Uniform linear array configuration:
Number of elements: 12
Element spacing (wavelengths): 0.5
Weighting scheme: hamming
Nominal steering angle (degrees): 15
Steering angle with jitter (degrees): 15.419
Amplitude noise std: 0.05
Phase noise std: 0.05

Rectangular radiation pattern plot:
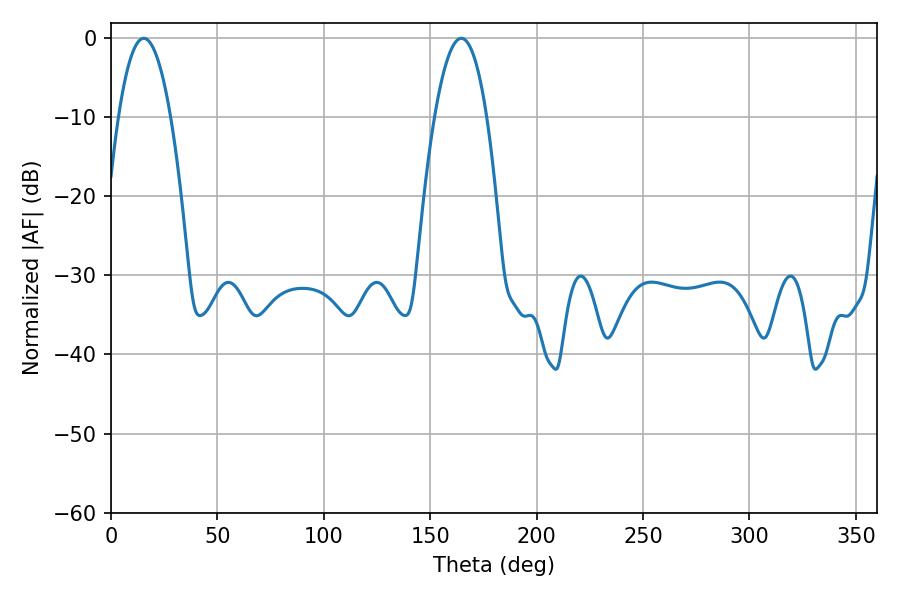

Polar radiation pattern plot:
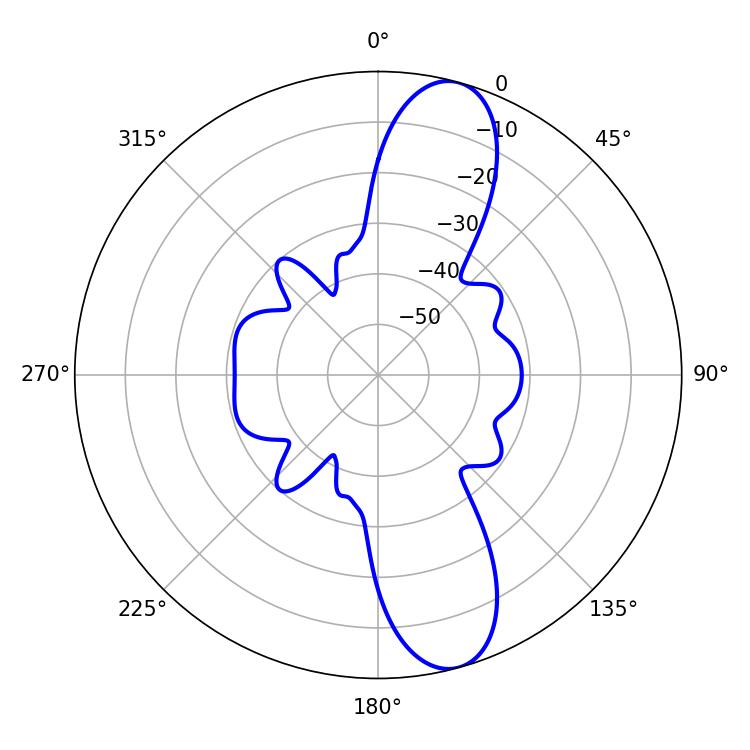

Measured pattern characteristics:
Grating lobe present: FALSE
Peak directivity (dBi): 11.705
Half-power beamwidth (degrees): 13.5
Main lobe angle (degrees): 15.48